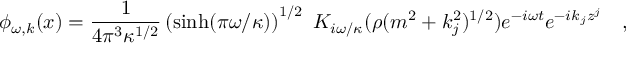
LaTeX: \phi _ { \omega , k } ( x ) = { \frac { 1 } { 4 \pi ^ { 3 } \kappa ^ { 1 / 2 } } } \left( \sinh ( \pi \omega / \kappa ) \right) ^ { 1 / 2 } ~ K _ { i \omega / \kappa } ( \rho ( m ^ { 2 } + k _ { j } ^ { 2 } ) ^ { 1 / 2 } ) e ^ { - i \omega t } e ^ { - i k _ { j } z ^ { j } } ~ ~ ~ ,